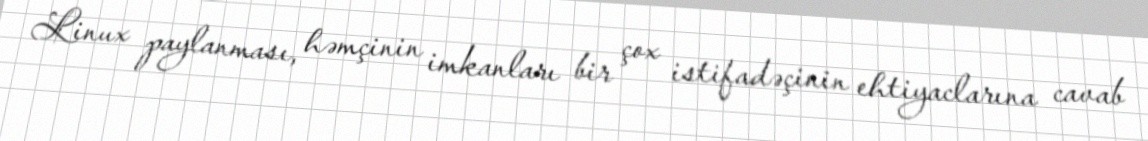
Linux paylanması, həmçinin imkanları bir çox istifadəçinin ehtiyaclarına cavab